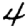
Digit: 4